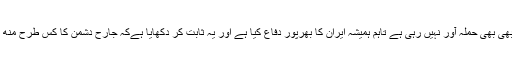
ایران کی مسلح افواج کبھی بھی حملہ آور نہیں رہی ہے تاہم ہمیشہ ایران کا بھرپور دفاع کیا ہے اور یہ ثابت کر دکھایا ہےکہ جارح دشمن کا کس طرح منھ توڑ جواب دیا جاتا ہے۔